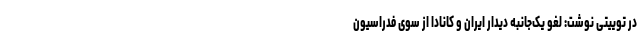
در توییتی نوشت: لغو یک‌جانبه دیدار ایران و کانادا از سوی فدراسیون